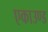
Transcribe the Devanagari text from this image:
एकाउण्ड